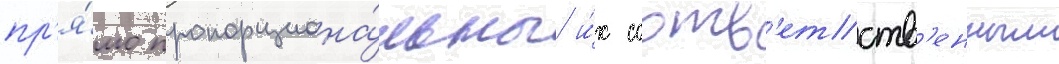
пр'я́мо пропорциона́льны и́х соотв'етств'енным